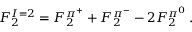
F _ { 2 } ^ { I = 2 } = F _ { 2 } ^ { \pi ^ { + } } + F _ { 2 } ^ { \pi ^ { - } } - 2 F _ { 2 } ^ { \pi ^ { 0 } } \, .